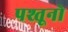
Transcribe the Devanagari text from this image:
पश्तूनो